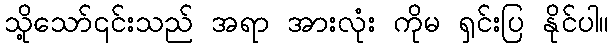
သို့သော်၎င်းသည် အရာ အားလုံး ကိုမ ရှင်းပြ နိုင်ပါ။